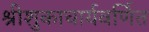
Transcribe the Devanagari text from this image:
श्रीशुकाचार्यवर्णित